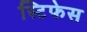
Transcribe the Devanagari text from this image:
स्टिफेस